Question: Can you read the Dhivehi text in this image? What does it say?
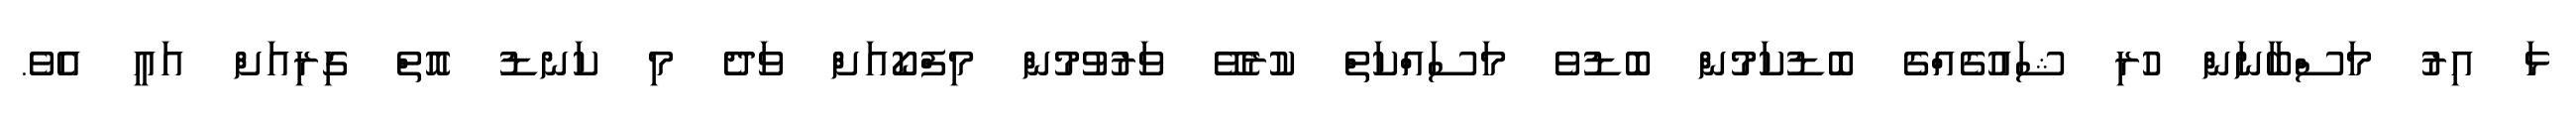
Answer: ޅަ އިރު މަސްބާނަން ހުރި ޝައުގެއްގެ ބޮޑުކަމުން ބޮޑުވެ މަސައްކަތް ކުރެވޭ ވަރުވުމުން މިފްކޯއަށް ވަދެ މި ކަނޑު އޮތް ގިރިއަށް އައީ އެވެ.